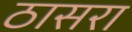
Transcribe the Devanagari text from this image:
ठासरा